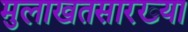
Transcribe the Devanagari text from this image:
मुलाखतसारख्या